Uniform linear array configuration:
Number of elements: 4
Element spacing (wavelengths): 1
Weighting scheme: binomial
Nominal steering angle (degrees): -15
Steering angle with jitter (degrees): -16.44
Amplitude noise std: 0.05
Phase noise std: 0.05

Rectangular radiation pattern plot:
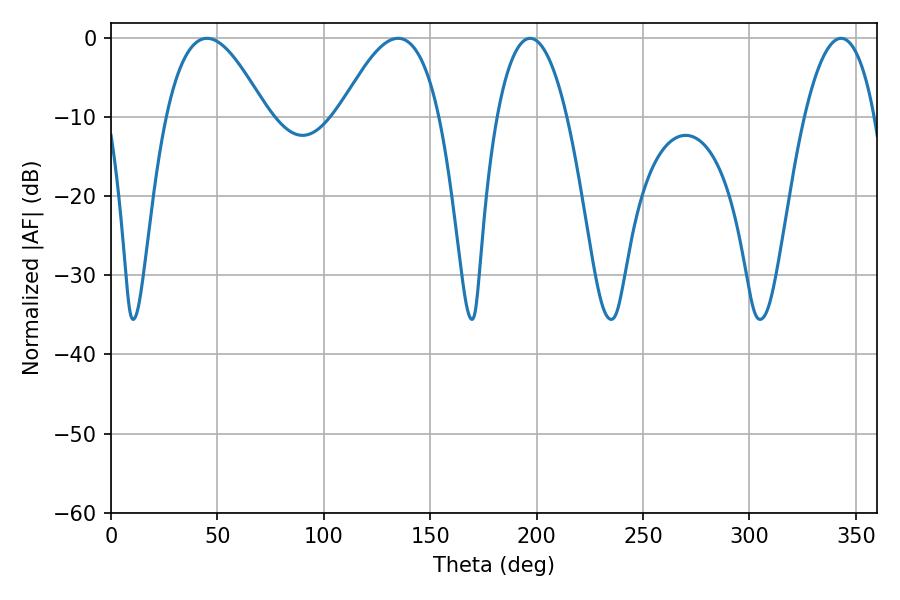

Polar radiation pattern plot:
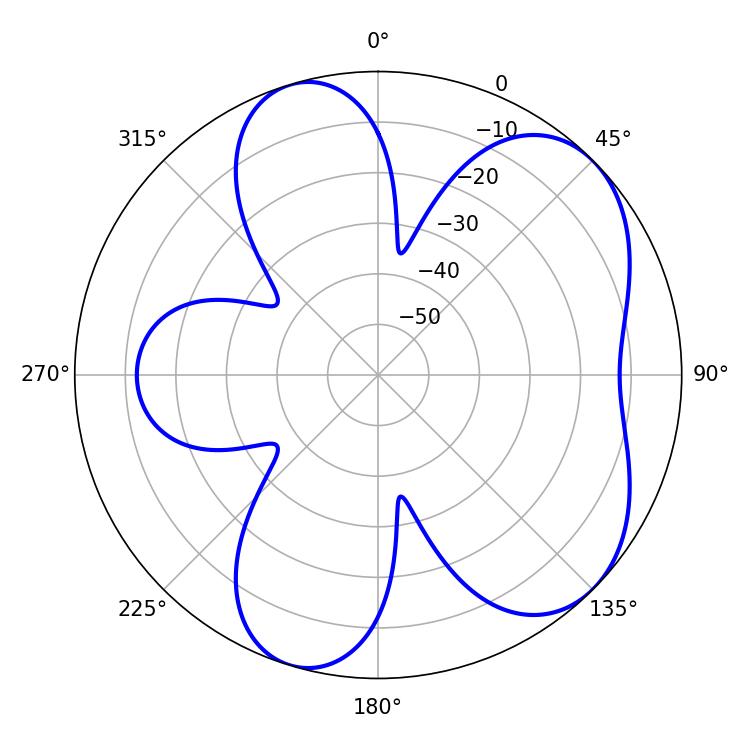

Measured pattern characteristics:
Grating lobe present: TRUE
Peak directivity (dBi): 5.982
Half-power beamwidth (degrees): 18.18
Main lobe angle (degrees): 196.92